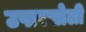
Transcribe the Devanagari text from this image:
उपारसोली